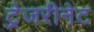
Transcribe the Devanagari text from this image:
ट्रेजरीनेट